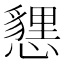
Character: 㦟